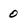
Character: 0